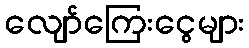
လျော်ကြေးငွေများ